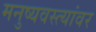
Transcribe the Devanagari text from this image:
मनुष्यवस्त्यांवर